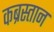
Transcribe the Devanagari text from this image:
कब्रस्‍तान